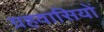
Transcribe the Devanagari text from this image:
ग्रहवासियों